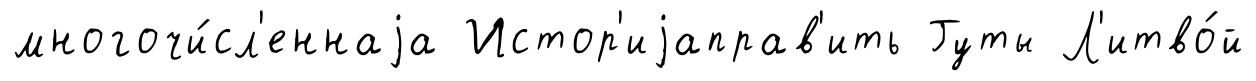
многочи́сл'еннаjа Истор'иjаправ'ить Гуты Л'итво́й